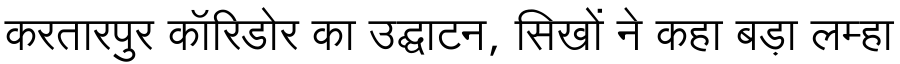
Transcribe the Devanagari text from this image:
करतारपुर कॉरिडोर का उद्घाटन, सिखों ने कहा बड़ा लम्हा